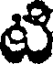
టి